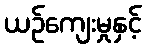
ယဉ်ကျေးမှုနှင့်